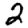
Digit: 2